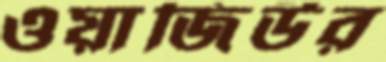
ওয়াজিউর